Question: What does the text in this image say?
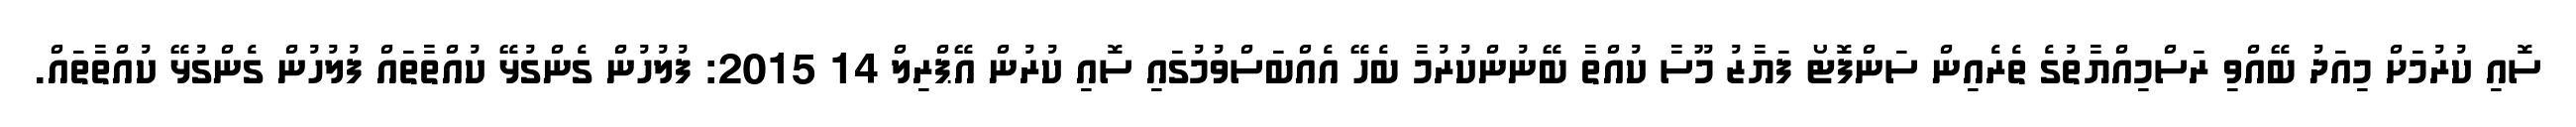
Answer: ސޮއި ކުރުމަށް މިއަދު ބޭއްވި ރަސްމިއްޔާތުގެ ތެރެއިން ސަންފޮޓޯ ފަޔާޒު މޫސާ ކުއްތާ ބޭނުންކުރުމާ ބެހޭ އެއްބަސްވުމުގައި ސޮއި ކުރުން އޭޕްރިލް 14 2015: ފުލުހުން ގެންގުޅޭ ކުއްތާތައް ފުލުހުން ގެންގުޅޭ ކުއްތާތައް.